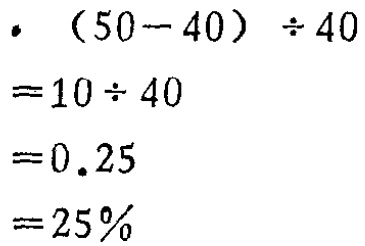
\[

\begin{align*}

&(50 - 40)\div40\\

=&10\div40\\

=&0.25\\

=&25\%

\end{align*}

\]